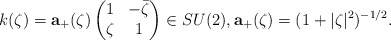
\begin{align*}k(\zeta)=\mathbf a_+(\zeta)\left(\begin{matrix}1&-\bar{\zeta}\\\zeta&1\end{matrix}\right)\in SU(2),\mathbf a_+(\zeta)=(1+|\zeta|^2)^{-1/2}.\end{align*}